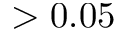
> 0 . 0 5